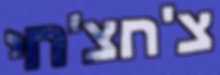
צ'חצ'חי